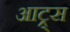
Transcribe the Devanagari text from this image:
आट्र्स